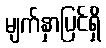
မျက်နှာပြင်ရှိ